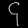
Digit: ၄